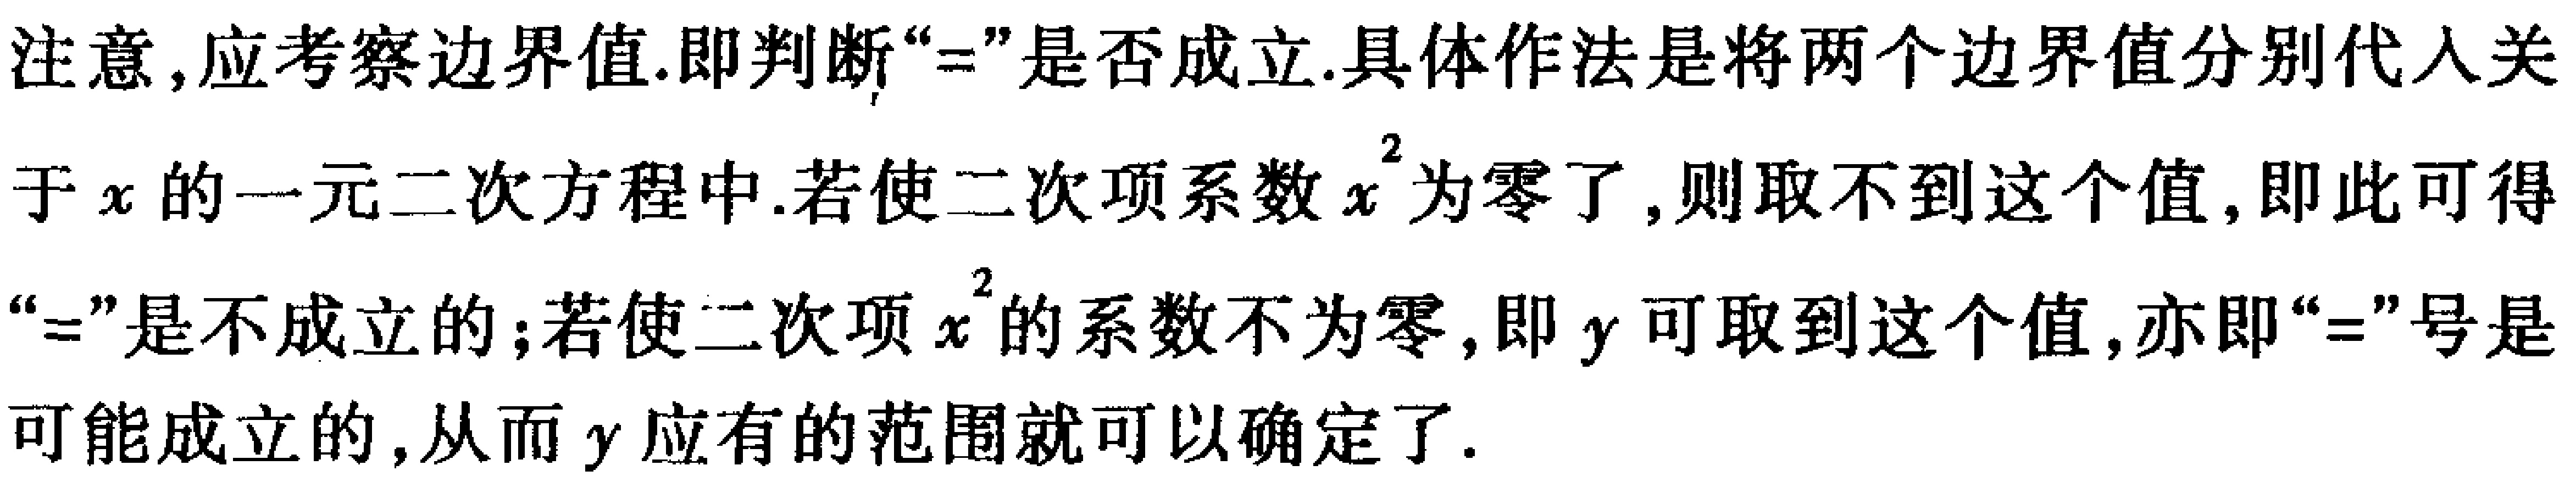
注意,应考察边界值.即判断“$=$”是否成立.具体作法是将两个边界值分别代入关
于$x$的一元二次方程中.若使二次项系数$x^{2}$为零了,则取不到这个值,即此可得
“$=$”是不成立的;若使二次项$x^{2}$的系数不为零,即$y$可取到这个值,亦即“$=$”号是
可能成立的,从而$y$应有的范围就可以确定了.